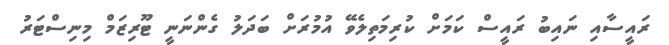
ރައީސާއި ނައިބު ރައީސް ކަމަށް ކުރިމަތިލެވޭ އުމުރަށް ބަދަލު ގެންނަނީ ޓޫރިޒަމް މިނިސްޓަރު